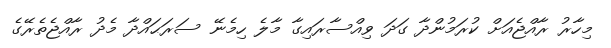
މިހާރު ރާއްޖެއަށް ކުރަމުންދާ ގަދަ ވިއްސާރައިގާ މާލެ ހިމެނޭ ސަރަޙައްދާ މެދު ރާއްޖެތެރޭގެ